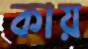
কায়